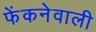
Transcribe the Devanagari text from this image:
फेंकनेवाली